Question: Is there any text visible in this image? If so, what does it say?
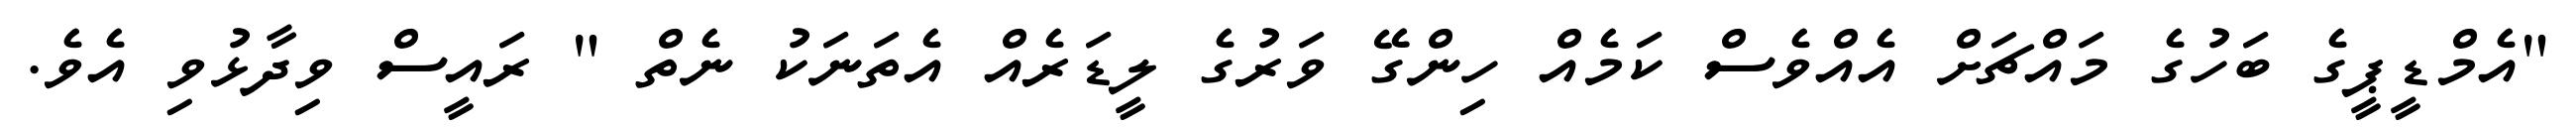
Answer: "އެމްޑީޕީގެ ބަހުގެ މައްޗަށް އެއްވެސް ކަމެއް ހިންގޭ ވަރުގެ ލީޑަރެއް އެތަނަކު ނެތް " ރައީސް ވިދާޅުވި އެވެ.